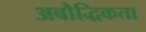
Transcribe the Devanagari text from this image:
अबौद्धिकता